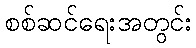
စစ်ဆင်ရေးအတွင်း